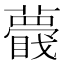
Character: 𧂝